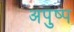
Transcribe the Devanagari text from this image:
अपुष्प